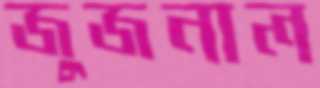
জুজনাল